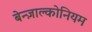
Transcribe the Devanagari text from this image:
बेन्ज़ाल्कोनियम